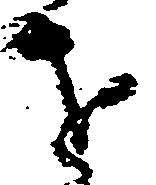
を